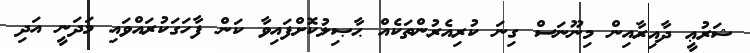
ޝަރުޢީ ދާއިރާއިން މިނޫނަސް ގިނަ ކުރިއެރުންތަކެއް ޙާޞިލުކޮށްފައިވާ ކަން ފާހަގަކުރައްވައި މަދަނީ އަދި